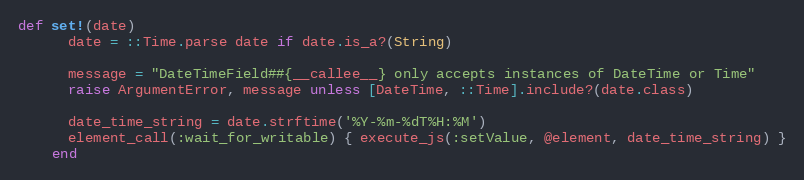
Language: Ruby
def set!(date)
      date = ::Time.parse date if date.is_a?(String)

      message = "DateTimeField##{__callee__} only accepts instances of DateTime or Time"
      raise ArgumentError, message unless [DateTime, ::Time].include?(date.class)

      date_time_string = date.strftime('%Y-%m-%dT%H:%M')
      element_call(:wait_for_writable) { execute_js(:setValue, @element, date_time_string) }
    end